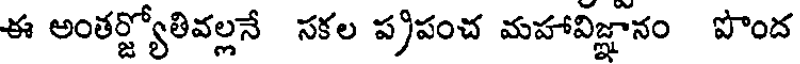
ఈ అంతర్జ్యోతివల్లనే సకల ప్రపంచ మహావిజ్ఞానం పొంద